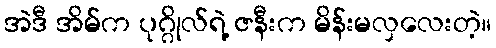
အဲဒီ အိမ်က ပုဂ္ဂိုလ်ရဲ့ ဇနီးက မိန်းမလှလေးတဲ့။